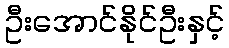
ဦးအောင်နိုင်ဦးနှင့်